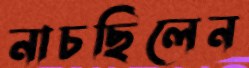
নাচছিলেন